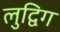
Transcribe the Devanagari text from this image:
लुद्विग